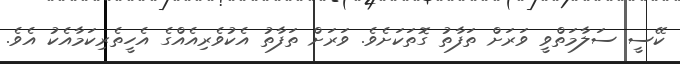
ކޭސީ ސަލާމަތްވީ ވަރަށް ތަފާތު ގޮތަކަށެވެ. ވަރަށް ތަފާތު އެކުވެރިއެއްގެ އެހީތެރިކަމާއެކު އެވެ.